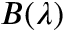
B ( \lambda )